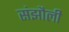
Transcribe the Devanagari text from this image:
संझौली